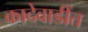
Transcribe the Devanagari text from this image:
कादेवाडींत